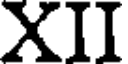
XII